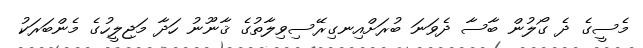
މެސީގެ ދެ ގޯލުން ބާސާ ދެވަނަ ބުރަށްއިނގިރޭސިވިލާތުގެ ޤާނޫނު ހަދާ މަޖިލީހުގެ މެންބަރަކު